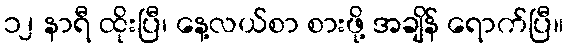
၁၂ နာရီ ထိုးပြီ၊ နေ့လယ်စာ စားဖို့ အချိန် ရောက်ပြီ။